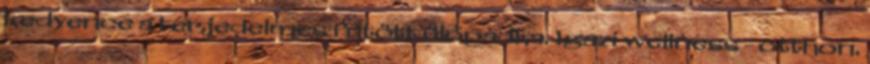
kedvence a terjedelmes fűtött ülőpadka. Igazi wellness - otthon.